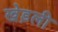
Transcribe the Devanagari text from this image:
खेड़ली